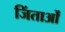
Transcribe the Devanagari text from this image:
जिंताओं